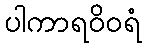
ပါကာရဝိဝရံ